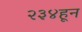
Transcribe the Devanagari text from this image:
२३४हून